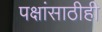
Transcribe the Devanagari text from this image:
पक्षांसाठीही